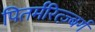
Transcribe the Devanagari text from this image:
पितर्मरित्ज़्बर्ग